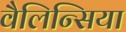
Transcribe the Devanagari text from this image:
वैलिन्सिया